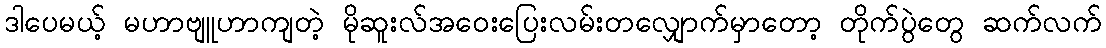
ဒါပေမယ့် မဟာဗျူဟာကျတဲ့ မိုဆူးလ်အဝေးပြေးလမ်းတလျှောက်မှာတော့ တိုက်ပွဲတွေ ဆက်လက်